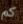
كم